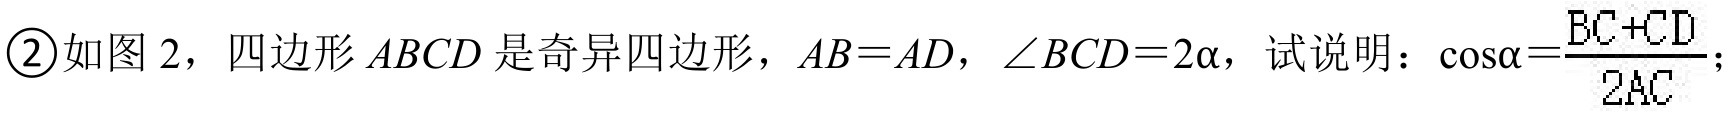
\textcircled{2}如图2，四边形\(ABCD\)是奇异四边形，\(AB = AD\)，\(\angle BCD = 2\alpha\)，试说明：\(\cos\alpha=\frac{BC + CD}{2AC}\)；